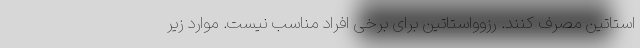
استاتین مصرف کنند. رزوواستاتین برای برخی افراد مناسب نیست. موارد زیر